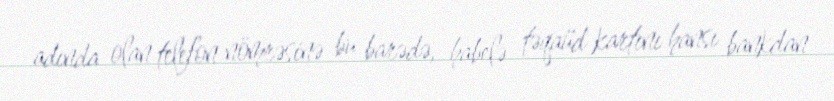
adında olan telefon nömrəsinə bu barədə, habelə təqaüd kartını hansı bankdan